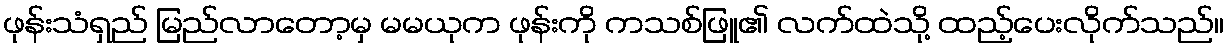
ဖုန်းသံရှည် မြည်လာတော့မှ မမယုက ဖုန်းကို ကသစ်ဖြူ၏ လက်ထဲသို့ ထည့်ပေးလိုက်သည်။